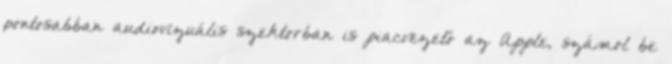
pontosabban audiovizuális szektorban is piacvezető az Apple, számol be